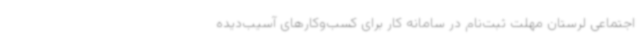
اجتماعی لرستان مهلت ثبت‌نام در سامانه کار برای کسب‌وکارهای آسیب‌دیده